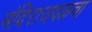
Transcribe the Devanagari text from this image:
मंदिराजवळचा